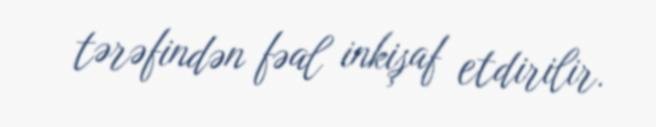
tərəfindən fəal inkişaf etdirilir.